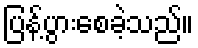
ပြန့်ပွားစေခဲ့သည်။